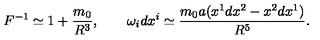
F ^ { - 1 } \simeq 1 + { \frac { m _ { 0 } } { R ^ { 3 } } } , \qquad \omega _ { i } d x ^ { i } \simeq { \frac { m _ { 0 } a ( x ^ { 1 } d x ^ { 2 } - x ^ { 2 } d x ^ { 1 } ) } { R ^ { 5 } } } .